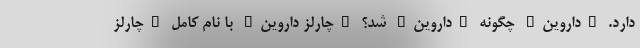
دارد. "داروین" چگونه "داروین" شد؟ "چارلز داروین" با نام کامل "چارلز